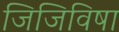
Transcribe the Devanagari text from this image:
जिजिविषा